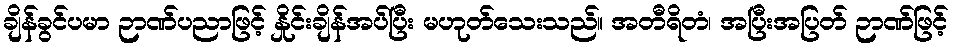
ချိန်ခွင်ပမာ ဉာဏ်ပညာဖြင့် နှိုင်းချိန်အပ်ပြီး မဟုတ်သေးသည်။ အတီရိတံ၊ အပြီးအပြတ် ဉာဏ်ဖြင့်